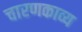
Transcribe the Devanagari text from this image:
चारणकाव्य